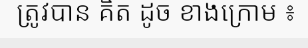
ត្រូវបាន គិត ដូច ខាងក្រោម ៖